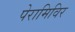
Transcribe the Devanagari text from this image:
पेरामिविर